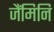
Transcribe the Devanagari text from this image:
जैंमिनि